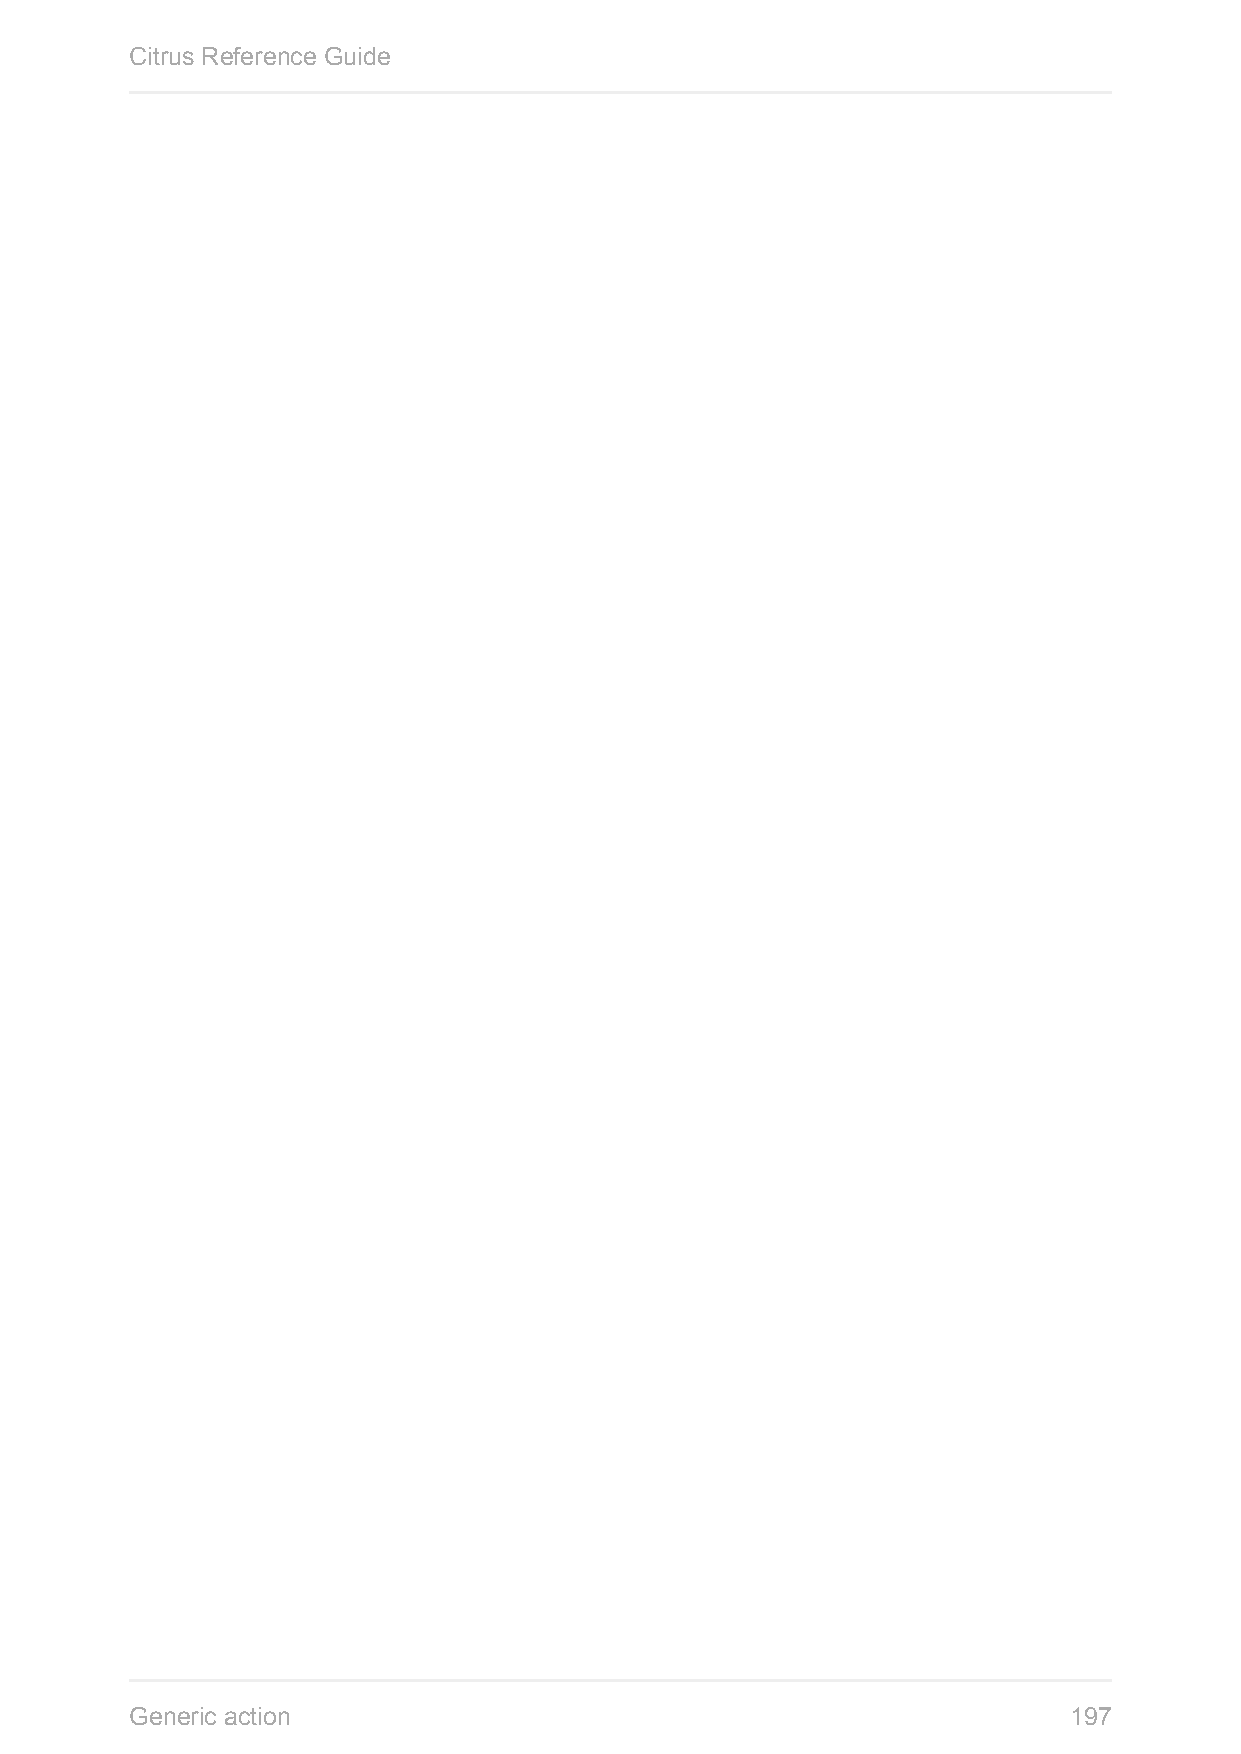
Citrus Reference Guide
 Generic action                                                197